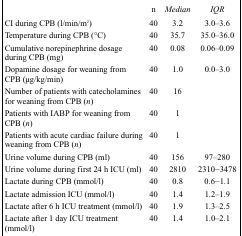
<table><thead><tr><td></td><td><b><i>n</i></b></td><td><b><i>Median</i></b></td><td><b><i>IQR</i></b></td></tr></thead><tbody><tr><td>CI during CPB (l/min/m<sup>2</sup>)</td><td>40</td><td>3.2</td><td>3.0–3.6</td></tr><tr><td>Temperature during CPB (°C)</td><td>40</td><td>35.7</td><td>35.0–36.0</td></tr><tr><td>Cumulative norepinephrine dosage during CPB (mg)</td><td>40</td><td>0.08</td><td>0.06–0.09</td></tr><tr><td>Dopamine dosage for weaning from CPB (μg/kg/min)</td><td>40</td><td>1.0</td><td>0.0–3.0</td></tr><tr><td>Number of patients with catecholamines for weaning fromCPB (<i>n</i>)</td><td>40</td><td>16</td><td></td></tr><tr><td>Patients with IABP for weaning from CPB(<i>n</i>)</td><td>40</td><td>1</td><td></td></tr><tr><td>Patients with acute cardiac failure during weaning fromCPB (<i>n</i>)</td><td>40</td><td>1</td><td></td></tr><tr><td>Urine volume during CPB (ml)</td><td>40</td><td>156</td><td>97–280</td></tr><tr><td>Urine volume during first 24 h ICU (ml)</td><td>40</td><td>2810</td><td>2310−3478</td></tr><tr><td>Lactate during CPB (mmol/l)</td><td>40</td><td>0.8</td><td>0.6−1.1</td></tr><tr><td>Lactate admission ICU (mmol/l)</td><td>40</td><td>1.4</td><td>1.2–1.9</td></tr><tr><td>Lactate after 6 h ICU treatment (mmol/l)</td><td>40</td><td>1.9</td><td>1.3–2.5</td></tr><tr><td>Lactate after 1 day ICU treatment (mmol/l)</td><td>40</td><td>1.4</td><td>1.0–2.1</td></tr></tbody></table>